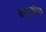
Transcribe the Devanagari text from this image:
सम्पूर्णतया